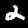
Digit: 2